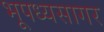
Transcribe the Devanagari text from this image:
भूपध्यसागर